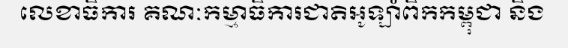
លេខាធិការ គណៈកម្មាធិការជាតិអូឡាំពិកកម្ពុជា និង